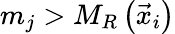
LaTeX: m_{j}>M_{R}\left(\vec{x}_{i}\right)